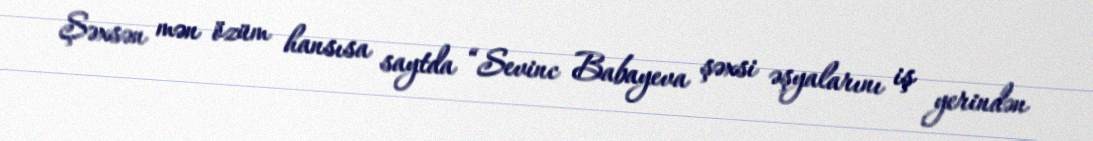
Şəxsən mən özüm hansısa saytda “Sevinc Babayeva şəxsi əşyalarını iş yerindən